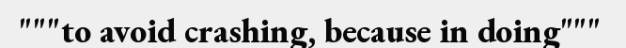
"""to avoid crashing, because in doing"""